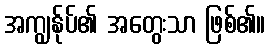
အကျွန်ုပ်၏ အတွေးသာ ဖြစ်၏။